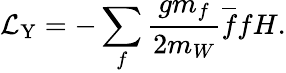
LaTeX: {\mathcal{L}}_{\mathrm{Y}}=-\sum_{f}{\frac{gm_{f}}{2m_{W}}}{\overline{{f}}}fH.